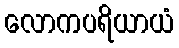
လောကပရိယာယံ